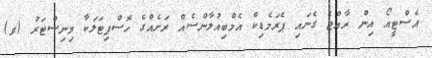
އެސްޓީއޯ އިން ރާއްޖެ ގެނައި ޕެރަމެޑިކް އެމްބިއުލާންސެއް ރަށެއްގެ ހޮސްޕިޓަލަކާ މިނިސްޓަރު (ވ)